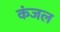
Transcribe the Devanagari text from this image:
कंजल